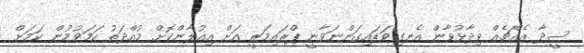
ސީދާ އެއްޗެއް ވިދާޅުވާން އެނގިވަޑައިގަންނަވާނީ ޕްރައިމަރީ އަށް އިއުލާންކޮށް މުއްދަތު ހަމަވުމުން ކަމަށް